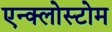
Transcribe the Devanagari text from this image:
एन्क्लोस्टोम